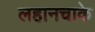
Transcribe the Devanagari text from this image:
लहानचाके